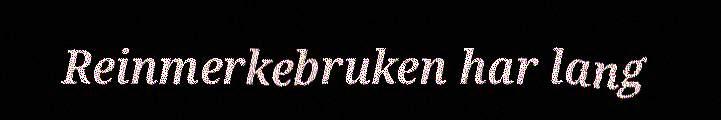
Reinmerkebruken har lang